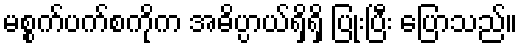
မစ္စက်ပက်စကိုက အဓိပ္ပာယ်ရှိရှိ ပြုံးပြီး ပြောသည်။